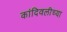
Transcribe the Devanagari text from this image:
कांदिवलीच्या